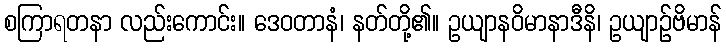
စကြာရတနာ လည်းကောင်း။ ဒေဝတာနံ၊ နတ်တို့၏။ ဥယျာနဝိမာနာဒီနိ၊ ဥယျာဉ်ဗိမာန်